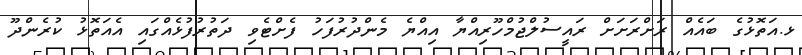
ޅ.އަތޮޅުގެ ބައެއް ރަށްރަށަށް ރައީސުލްޖުމްހޫރިއްޔާ އިއްޔެ މެންދުރުފަހު ފެށްޓެވި ދަތުރުފުޅެއްގައި އެއަތޮޅު ކުރެންދޫ